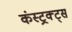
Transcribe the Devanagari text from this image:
कंस्ट्रक्ट्स